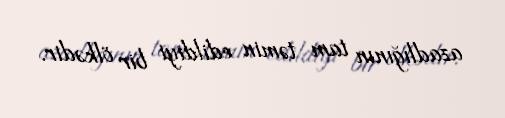
azadlığının tam təmin edildiyi bir ölkədir.